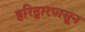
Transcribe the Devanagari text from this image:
हरिद्वारपासून